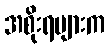
အစိုးရများက